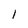
Character: l